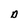
Character: D